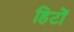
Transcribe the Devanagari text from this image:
हिटों